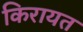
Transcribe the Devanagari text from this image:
किरायत